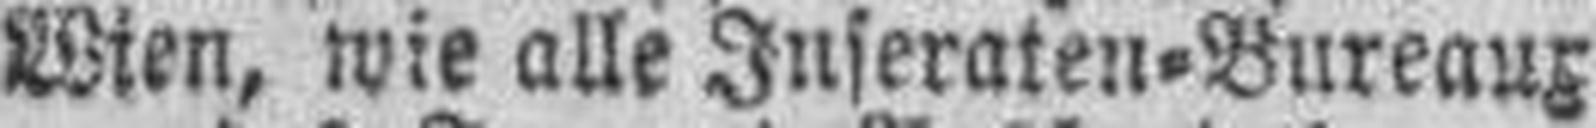
Wien, wie alle Inseraten=Bureaux